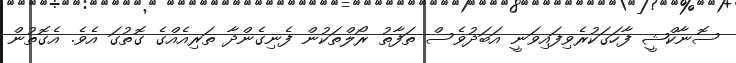
ސޮނާކްޝީ ފާހަގަކުރެވިފައިވަނީ އަބަދުވެސް ތަފާތު ރޯލްތަކުން ފެނިގެންދާ ތަރިއެއްގެ ގޮތުގަ އެވެ. އެގޮތުން